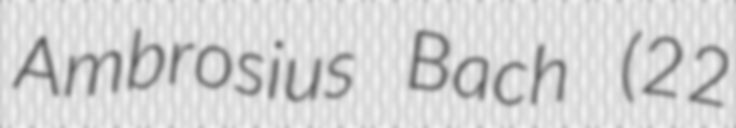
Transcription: Ambrosius Bach (22